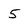
Character: 5